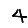
Digit: 4